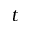
t